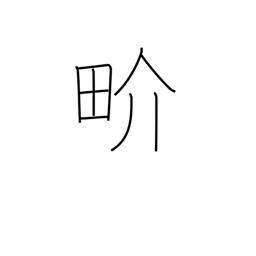
Meaning: world